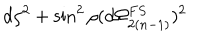
d \rho ^ { 2 } + \sin ^ { 2 } \rho ( d \Omega _ { 2 ( n - 1 ) } ^ { F S } ) ^ { 2 }